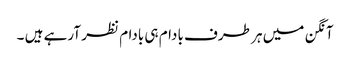
آنگن میں ہر طرف بادام ہی بادام نظر آرہے ہیں ۔